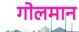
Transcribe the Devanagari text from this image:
गोलमान